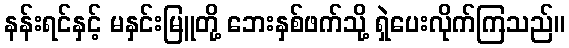
နန်းရင်နှင့် မနှင်းမြူတို့ ဘေးနှစ်ဖက်သို့ ရှဲပေးလိုက်ကြသည်။